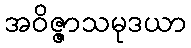
အဝိဇ္ဇာသမုဒယာ